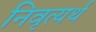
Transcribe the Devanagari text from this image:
निवृत्यर्थ